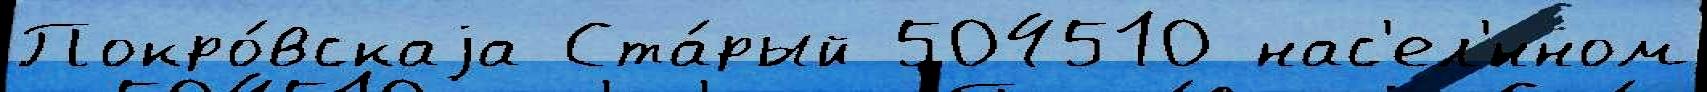
Покро́вскаjа Ста́рый 504510 нас'ел'́нном